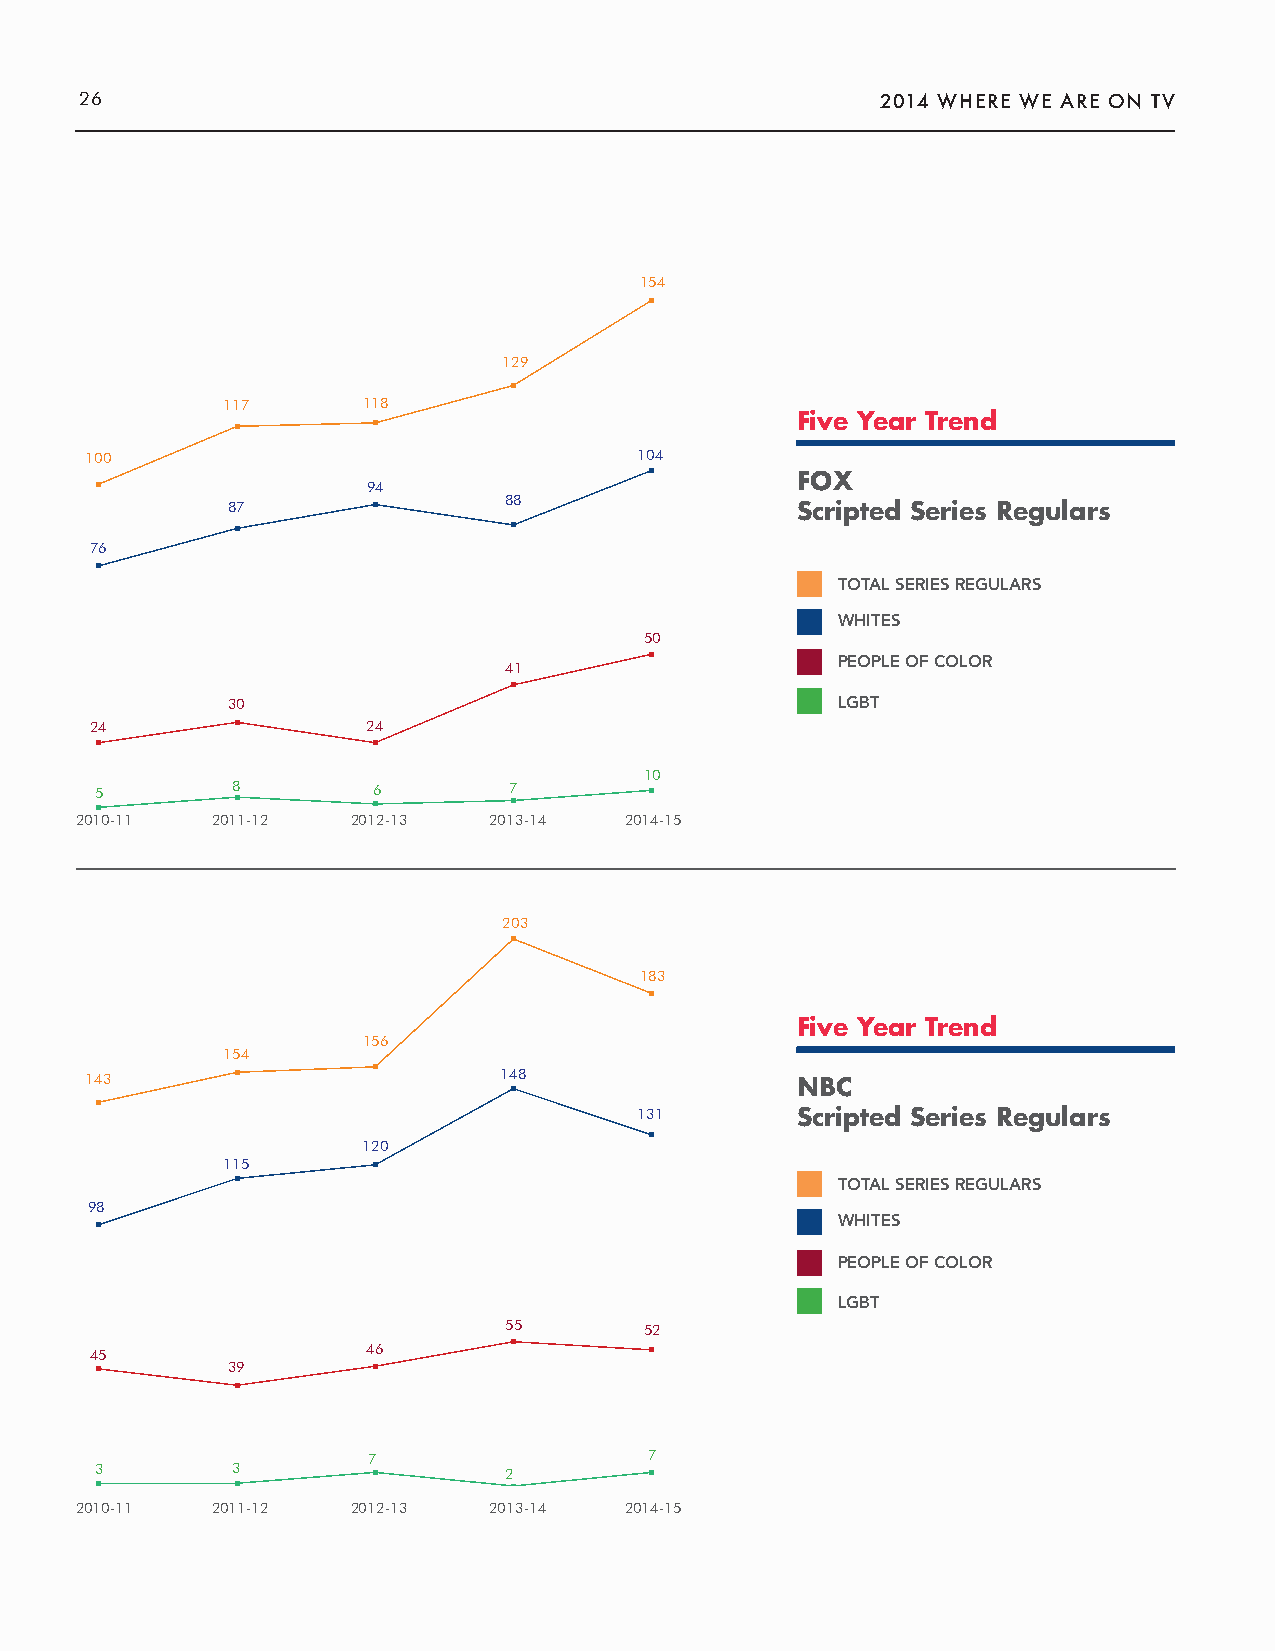
26                                                   2014 WHERE WE ARE ON TV
 154
 129
 117      118
 Five Year Trend
 100                                 104
 FOX
 94
 88
 87                                    Scripted Series Regulars
 76
 TOTAL SERIES REGULARS
 WHITES
 50
 PEOPLE OF COLOR
 41
 30                                      LGBT
 24                24
 10
 5        8         6        7
 2010-11  2011-12  2012-13  2013-14  2014-15
 203
 183
 Five Year Trend
 156
 154
 143                        148                 NBC
 131        Scripted Series Regulars
 120
 115
 TOTAL SERIES REGULARS
 98
 WHITES
 PEOPLE OF COLOR
 LGBT
 55        52
 45                46
 39
 7                  7
 3        3                 2
 2010-11  2011-12  2012-13  2013-14  2014-15